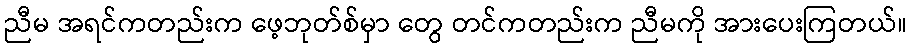
ညီမ အရင်ကတည်းက ဖေ့ဘုတ်စ်မှာ တွေ တင်ကတည်းက ညီမကို အားပေးကြတယ်။